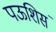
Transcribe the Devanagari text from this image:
पऊशिसं